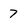
Character: 7